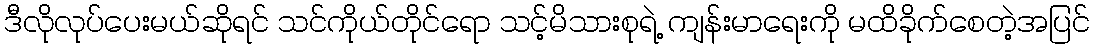
ဒီလိုလုပ်ပေးမယ်ဆိုရင် သင်ကိုယ်တိုင်ရော သင့်မိသားစုရဲ့ ကျန်းမာရေးကို မထိခိုက်စေတဲ့အပြင်